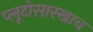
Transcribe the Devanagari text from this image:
प्लूटोसारखाच